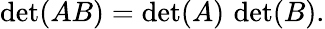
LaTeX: \operatorname*{det}(AB)=\operatorname*{det}(A)\, \operatorname*{det}(B).